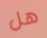
هل